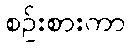
စဉ်းစားကာ